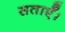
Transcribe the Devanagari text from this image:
सताएँ।